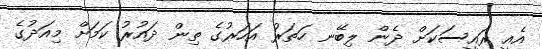
އެއީ ރައީސަކަށް ދެން ލިބޭނ ހަތަރު އަހަރުގެ ތިން ދައުރު ކަމަށް މިއަދުގެ